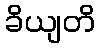
ခိယျတိ